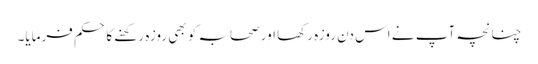
چنانچہ آپ نے اس دن روزہ رکھا اور صحابہ کو بھی روزہ رکھنے کا حکم فرمایا۔